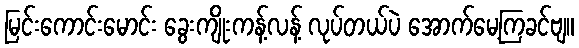
မြင်းကောင်းမောင်း ခွေးကျိုးကန့်လန့် လုပ်တယ်ပဲ အောက်မေ့ကြခင်ဗျ။